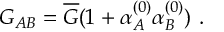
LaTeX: G _ { A B } = \overline { { G } } ( 1 + \alpha _ { A } ^ { ( 0 ) } \alpha _ { B } ^ { ( 0 ) } ) \ .